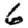
Digit: 6